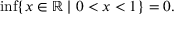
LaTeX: \operatorname* { i n f } \{ x \in \mathbb { R } \mid 0 < x < 1 \} = 0 .